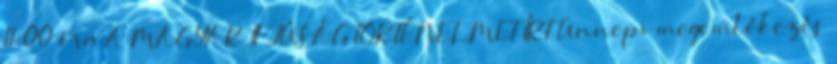
11:00 óra A MAGYAR IFJÚSÁG TÖRTÉNELMET ÍRT Ünnepi megemlékezés